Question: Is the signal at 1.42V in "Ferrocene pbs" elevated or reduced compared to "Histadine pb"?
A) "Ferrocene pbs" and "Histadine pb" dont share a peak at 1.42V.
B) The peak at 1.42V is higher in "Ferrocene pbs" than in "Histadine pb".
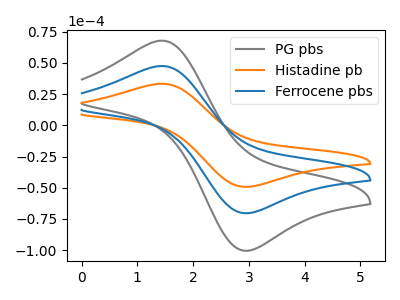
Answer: <think>The gray curve "PG pbs" has an anodic peak at (1.40V, 95.00uA) and a cathodic peak at (3.00V, -140.70uA). The orange curve "Histadine pb" has an anodic peak at (1.40V, 33.30uA) and a cathodic peak at (3.00V, -49.30uA). The blue curve "Ferrocene pbs" has an anodic peak at (1.40V, 47.50uA) and a cathodic peak at (3.00V, -70.35uA).</think>
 <answer>B) The peak at 1.42V is higher in "Ferrocene pbs" than in "Histadine pb".</answer>
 <eval>B</eval>